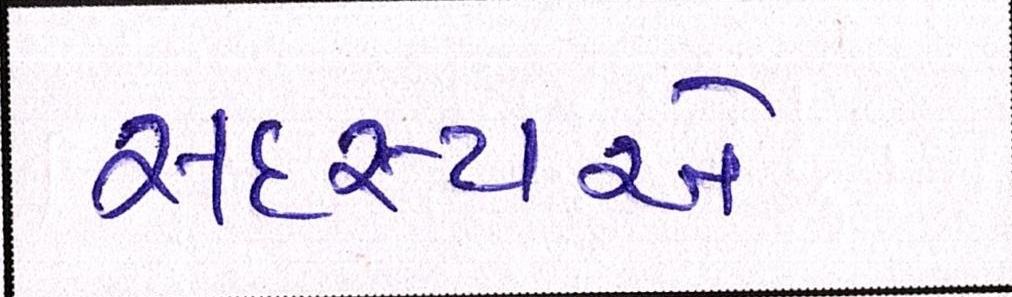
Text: સદસ્યએ